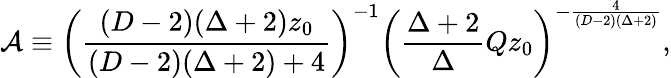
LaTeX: {\cal A}\equiv\left({\frac{(D-2)(\Delta+2)z_{0}}{(D-2)(\Delta+2)+4}}\right)^{-1}\left({\frac{\Delta+2}{\Delta}}Qz_{0}\right)^{-{\frac{4}{(D-2)(\Delta+2)}}},